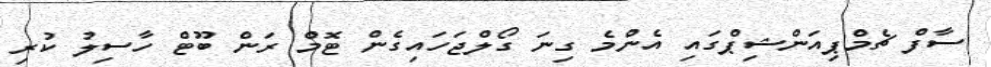
ސާފް ޗެމްޕިއަންޝިޕްގައި އެންމެ ގިނަ ގޯލްޖަހައިގެން ޓޮމް ރަން ބޫޓް ހާސިލު ކުރި